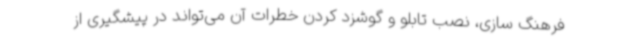
فرهنگ سازی، نصب تابلو و گوشزد کردن خطرات آن می‌تواند در پیشگیری از